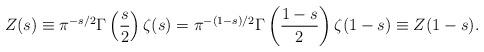
LaTeX: \begin{align*}Z(s)\equiv\pi^{-s/2}\Gamma\left(\frac{s}{2}\right)\zeta(s)=\pi^{-(1-s)/2}\Gamma\left(\frac{1-s}{2}\right)\zeta(1-s)\equiv Z(1-s).\end{align*}